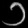
Digit: ၁